Report on the cholera epidemic of
Year: 1868
Disease focus: Cholera
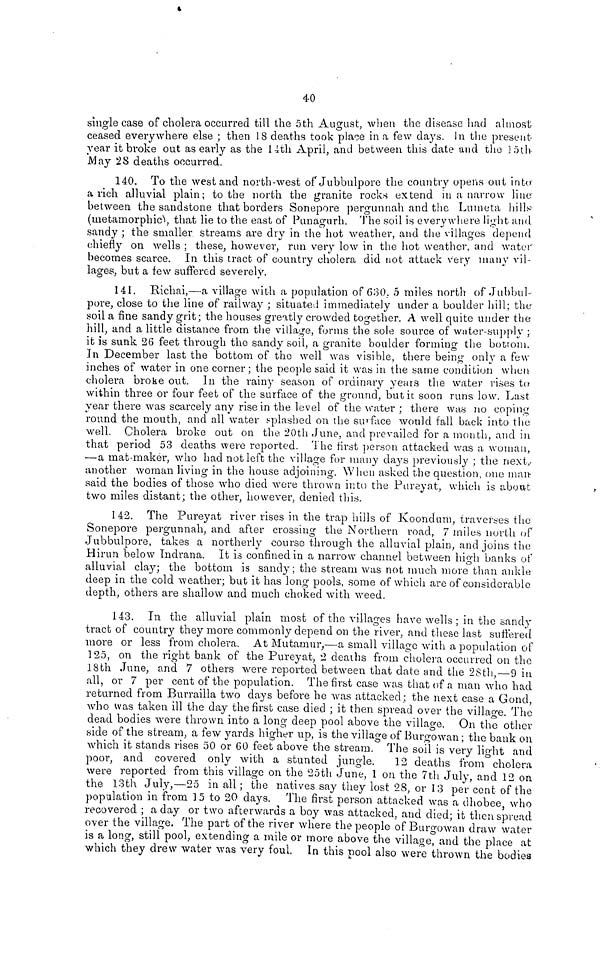
40
single case of cholera occurred till the 5th August, when the disease had almost;
ceased everywhere else ; then 18 deaths took place in a few days. In the present
year it broke out as early as the 14th April, and between this date and the 15th
May 28 deaths occurred.
140. To the west and north-west of Jubbulpore the country opens out into·
a rich alluvial plain; to the north the granite rocks extend in a narrow line
between the sandstone that borders Sonepore pergunnah and the Lumeta hills
(metamorphic) that lie to the east of Punagurh. The soil is everywhere light and
sandy ; the smaller streams are dry in the hot weather, and the villages depend
chiefly on wells ; these, however, run very low in the hot weather, and water
becomes scarce. In this tract of country cholera did not attack very many vil-
lages, but a few suffered severely.
141. Richai,—a village with a population of 630,5 miles north of Jubbul-
pore, close to the line of railway ; situated immediately under a boulder hill; the
soil a fine sandy grit; the houses greatly crowded together. A well quite under the
hill, and a little distance from the village, forms the sole source of water-supply ;
it is sunk 26 feet through the sandy soil, a granite boulder forming the botrom.
In December last the bottom of the well was visible, there being only a few
inches of water in one corner ; the people said it was in the same condition when
cholera broke out. In the rainy season of ordinary years the water rises to
within three or four feet of the surface of the ground, but it soon runs low. Last
year there was scarcely any rise in the level of the water ; there was no coping
round the mouth, and all water splashed on the surface would fall back into the
well. Cholera broke out on the 20th June, and prevailed for a month, and in
that period 53 deaths were reported. The first person attacked was a woman,
—a mat-maker, who had not left the village for many days previously ; the next,
another woman living in the house adjoining. When asked the question, one man-
said the bodies of those who died were thrown into the Pureyat, which is about
two miles distant ; the other, however, denied this.
142. The Pureyat river rises in the trap hills of Koondum, traverses the
Sonepore pergunnah, and after crossing the Northern road, 7 miles north of
Jubbulpore, takes a northerly course through the alluvial plain, and joins the
Hirun below Indrana. It is confined in a narrow channel between high banks of
alluvial clay; the bottom is sandy; the stream was not much more than ankle
deep in the cold weather; but it has long pools, some of which are of considerable
depth, others are shallow and much choked with weed.
143. In the alluvial plain most of the villages have wells ; in the sandy
tract of country they more commonly depend on the river, and these last suffered
more or less from cholera. At Mutamur,—a small village with a population of
125, on the right bank of the Pureyat, 2 deaths from cholera occurred on the
18th June, and 7 others were reported between that date and the 28th, — 9 in
all, or 7 per cent of the population. The first case was that of a man who had
returned from Burrailla two days before he was attacked ; the next case a Gond,
who was taken ill the day the first case died ; it then spread over the village. The
dead bodies were thrown into a long deep pool above the village. On the other
side of the stream, a few yards higher up, is the village of Burgowan ; the bank on
which it stands rises 50 or 60 feet above the stream. The soil is very light and
poor, and covered only with a stunted jungle. 12 deaths from cholera
were reported from this village on the 25th June, 1 on the 7th July, and 12 on
the 13th July,—25 in all; the natives say they lost 28, or 13 per cent of the
population in from 15 to 20 days. The first person attacked was a dhobee who
recovered ; a day or two afterwards a boy was attacked, and died; it then spread
over the village. The part of the river where the people of Burgowan draw water
is a long, still pool, extending a mile or more above the village, and the place at
which they drew water was very foul. In this pool also were thrown the bodies